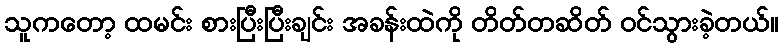
သူကတော့ ထမင်း စားပြီးပြီးချင်း အခန်းထဲကို တိတ်တဆိတ် ဝင်သွားခဲ့တယ်။